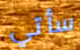
سأتي